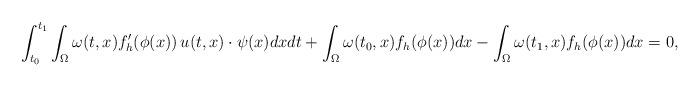
LaTeX: \begin{align*}\int_{t_0}^{t_1} \int_{\Omega} \omega(t,x) f_h'(\phi(x))\, u(t,x)\cdot \psi(x) dxdt +\int_{\Omega} \omega(t_0,x) f_h(\phi(x)) dx - \int_{\Omega} \omega(t_1,x) f_h(\phi(x)) dx =0,\end{align*}